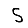
Digit: 5